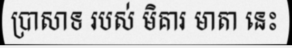
ប្រាសាទ របស់ មិគារ មាតា នេះ